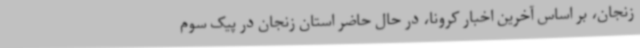
زنجان، بر اساس آخرین اخبار کرونا، در حال حاضر استان زنجان در پیک سوم